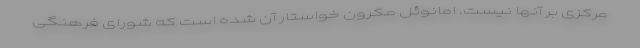
مرکزی بر آنها نیست. امانوئل مکرون خواستار آن شده است که شورای فرهنگی